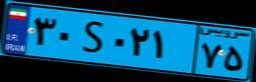
۴۷S۵۹۵۴۹